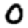
Digit: 0